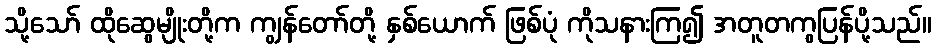
သို့သော် ထိုဆွေမျိုးတို့က ကျွန်တော်တို့ နှစ်ယောက် ဖြစ်ပုံ ကိုသနားကြ၍ အတူတကွပြန်ပို့သည်။